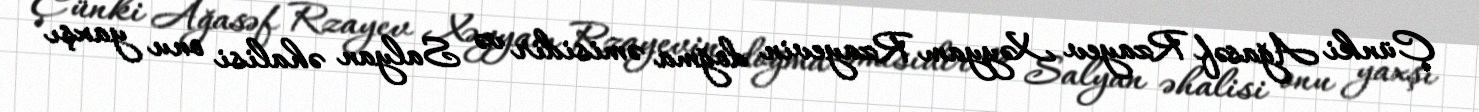
Çünki Ağasəf Rzayev Xəyyam Rzayevin doğma əmisidir və Salyan əhalisi onu yaxşı